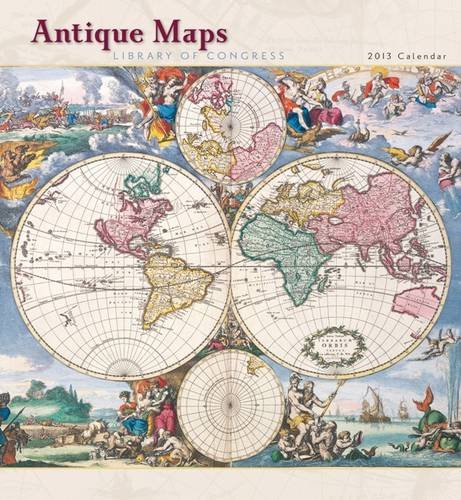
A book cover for Antique Maps 2013 Calendar; Calendars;